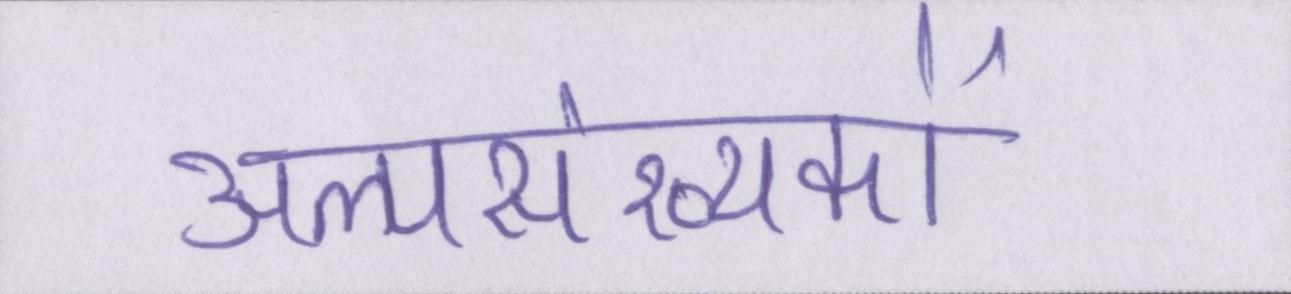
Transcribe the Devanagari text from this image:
अल्पसंख्यकों